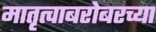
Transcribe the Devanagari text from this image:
मातृत्वाबरोबरच्या